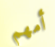
أمهم